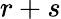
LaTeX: r+s